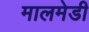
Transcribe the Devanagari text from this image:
मालमेडी